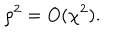
LaTeX: \rho ^ { 2 } = O ( \chi ^ { 2 } ) .